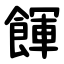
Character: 餫